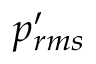
p _ { r m s } ^ { \prime }